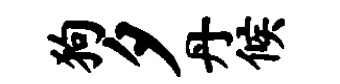
狗夕丹候